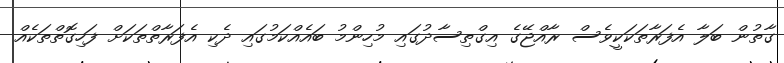
ގާތުން ބަލާ އެފަރާތަކަކީވެސް ރާއްޖޭގެ އިގްތިސާދުގައި މުހިންމު ބައެއްކަމުގައި ދެކި އެފަރާތްތަކަށް ފަހިގޮތްތަކެއް